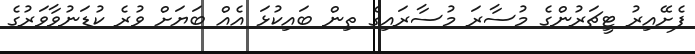
ފެށޭއިރު ޓީޗަރުންގެ މުސާރަ މުސާރައިގެ ތިން ބައިކުޅަ އެއް ބަޔަށް ވުރެ ކުޑަނުވާވަރުގެ